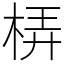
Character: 梇